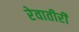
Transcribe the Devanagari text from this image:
रेवातीरीं